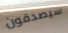
سيصدقون